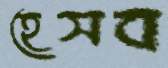
হেসব